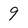
Character: 9